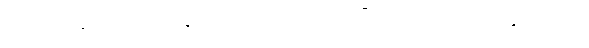
ယခု အခါတွင်မူ ဟိန္ဒူအယူဝါဒသည် လူဦးရေ ၈၅ ရာခိုင်နှုန်း ခံယူ